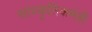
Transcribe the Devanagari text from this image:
सांस्कृतिकमंत्री